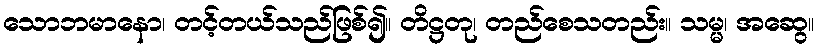
သောဘမာနော၊ တင့်တယ်သည်ဖြစ်၍။ တိဋ္ဌတု၊ တည်စေသတည်း။ သမ္မ၊ အဆွေ။